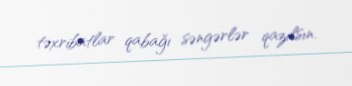
təxribatlar qabağı səngərlər qazılsın.